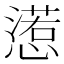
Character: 𢢉